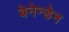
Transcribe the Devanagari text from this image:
बेनेन्डेन